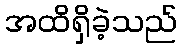
အထိရှိခဲ့သည်